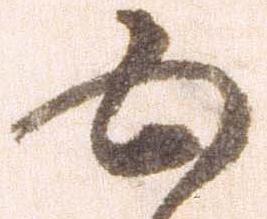
五